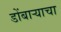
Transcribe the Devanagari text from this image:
डोंबार्‍याचा